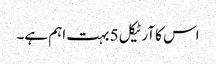
اس کا آرٹیکل 5 بہت اہم ہے۔